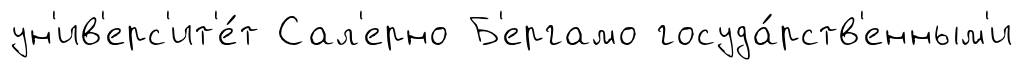
ун'ив'ерс'ит'е́т Сал'ерно Б'ергамо госуда́рств'енным'и